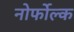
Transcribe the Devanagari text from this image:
नोर्फोल्क